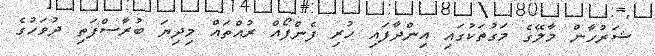
ޝަރުހާން މާލޭގެ މަގުތަކުގައި އިންދާފައި ހުރި ފެންފޯއް ރުއްތައް މިދިޔަ ބުރާސްފަތިި ދުވަހުގެ